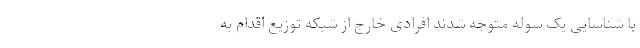
با شناسایی یک سوله متوجه شدند افرادی خارج از شبکه توزیع اقدام به